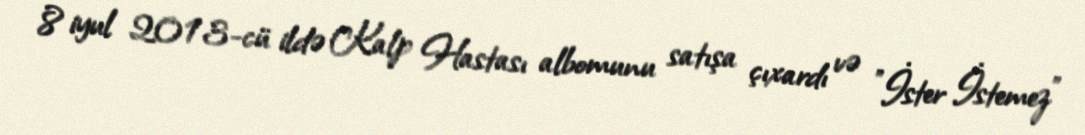
8 iyul 2013-cü ildə Kalp Hastası albomunu satışa çıxardı və "İster İstemez"